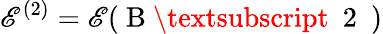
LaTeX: \mathscr{E}^{(2)}=\mathscr{E}(\mathrm{{~B~\textsubscript~{~2~}~}})